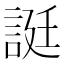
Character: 誔